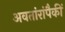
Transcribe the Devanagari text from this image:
अवतांरांपैकीं